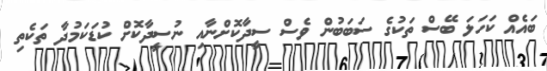
ބައެއް ކަހަލަ ބޭސް ތަކުގެ ސަބަބުން ވެސް ސީދާކޮށްނާއި ނުސީދާކޮށް ކުޑަކަމުދާ ތަކެތި